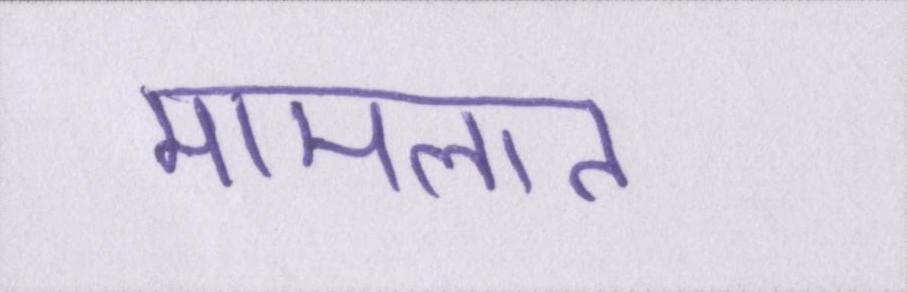
मामलात